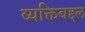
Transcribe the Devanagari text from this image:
व्यक्तिबद्दल